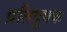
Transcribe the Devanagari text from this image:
प्रतिदूषक